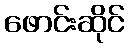
ဖောင်းဆိုင်